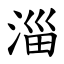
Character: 淄